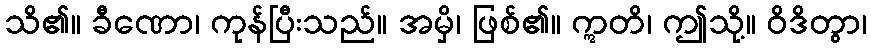
သိ၏။ ခီဏော၊ ကုန်ပြီးသည်။ အမှိ၊ ဖြစ်၏။ ဣတိ၊ ဤသို့။ ဝိဒိတွာ၊